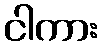
ငါကား